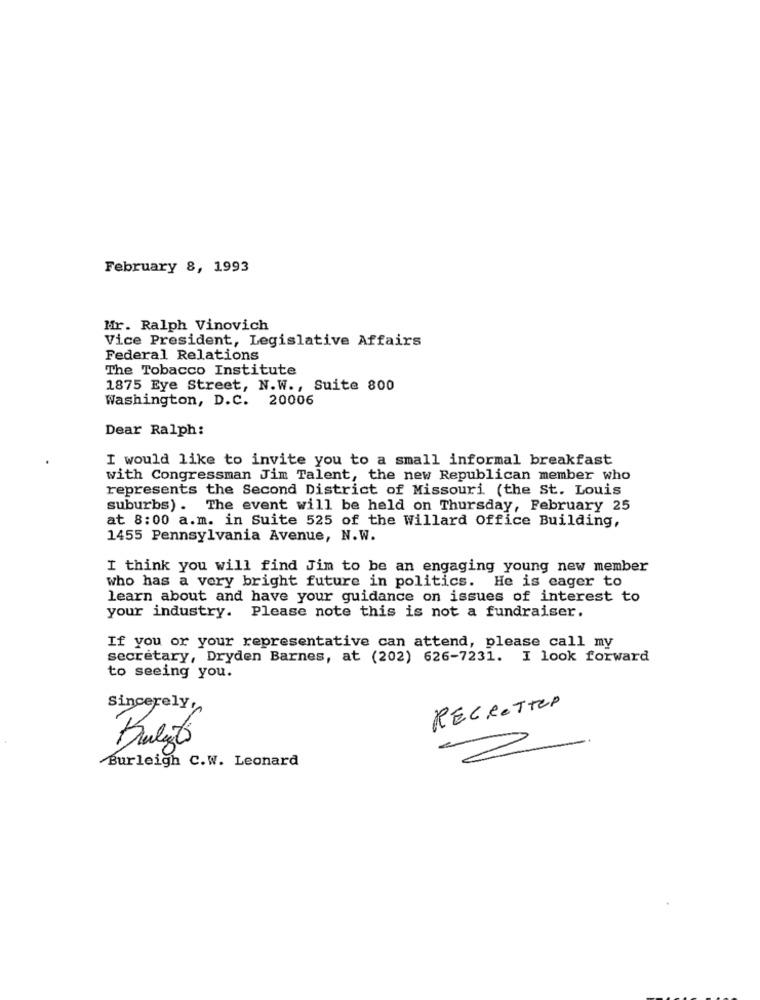
February 8, 1993
Mir. Ralph Vinovich
Vice President, Legislative Affairs
Federal Relations
The Tobacco Institute
1875 Eye Street, N.W ., Suite 800
Washington, D.C. 20006
Dear Ralph:
I would like to invite you to a small informal breakfast
with Congressman Jim Talent, the new Republican member who
represents the Second District of Missouri (the St. Louis
suburbs) . The event will be held on Thursday, February 25
at 8:00 a.m. in Suite 525 of the Willard Office Building,
1455 Pennsylvania Avenue, N.W.
I think you will find Jim to be an engaging young new member
who has a very bright future in politics. He is eager to
learn about and have your guidance on issues of interest to
your industry. Please note this is not a fundraiser.
If you or your representative can attend, please call my
secretary, Dryden Barnes, at (202) 626-7231. I look forward
to seeing you.
Sincerely,
REGRETTEP
Bulizto
Burleigh C.W. Leonard